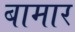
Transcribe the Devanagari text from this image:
बामार